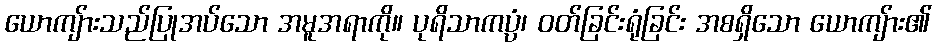
ယောကျ်ားသည်ပြုအပ်သော အမူအရာကို။ ပုရိသာကပ္ပံ၊ ဝတ်ခြင်းရုံခြင်း အစရှိသော ယောကျ်ား၏